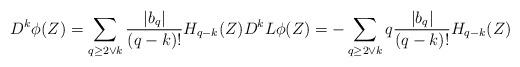
LaTeX: \begin{align*}D^ k\phi(Z)=\sum_{q\geq 2\vee k} \frac{|b_{q}|}{(q-k)!} H_{q-k}(Z)D^ kL\phi(Z)=-\sum_{q\geq 2\vee k} q\frac{|b_{q}|}{(q-k)!} H_{q-k}(Z)\end{align*}